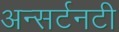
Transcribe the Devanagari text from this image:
अन्सर्टनटी